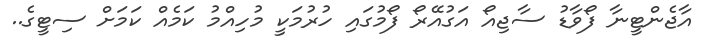
އާޖެންޓީނާ ފޯވާޑު ސާޖިއޯ އަގުއޭރޯ ފޯމުގައި ހުރުމަކީ މުހިއްމު ކަމެއް ކަމަށް ސިޓީގެ..